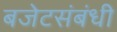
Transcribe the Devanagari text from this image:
बजेटसंबंधी